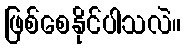
ဖြစ်စေနိုင်ပါသလဲ။